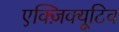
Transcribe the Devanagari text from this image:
एक्ज़िक्यूटिव